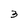
Character: 3